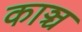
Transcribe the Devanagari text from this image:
काञ्च